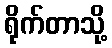
ရိုက်တာသို့